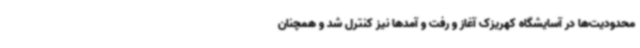
محدودیت‌ها در آسایشگاه کهریزک آغاز و رفت و آمدها نیز کنترل شد و همچنان